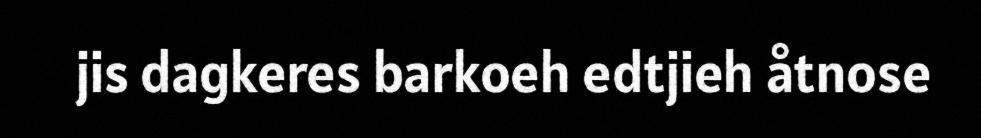
jis dagkeres barkoeh edtjieh åtnose